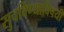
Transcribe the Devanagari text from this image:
सुचविण्याविषयी